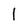
Character: 1